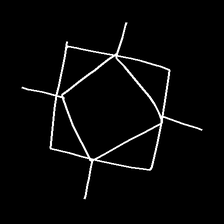
Glyph: light